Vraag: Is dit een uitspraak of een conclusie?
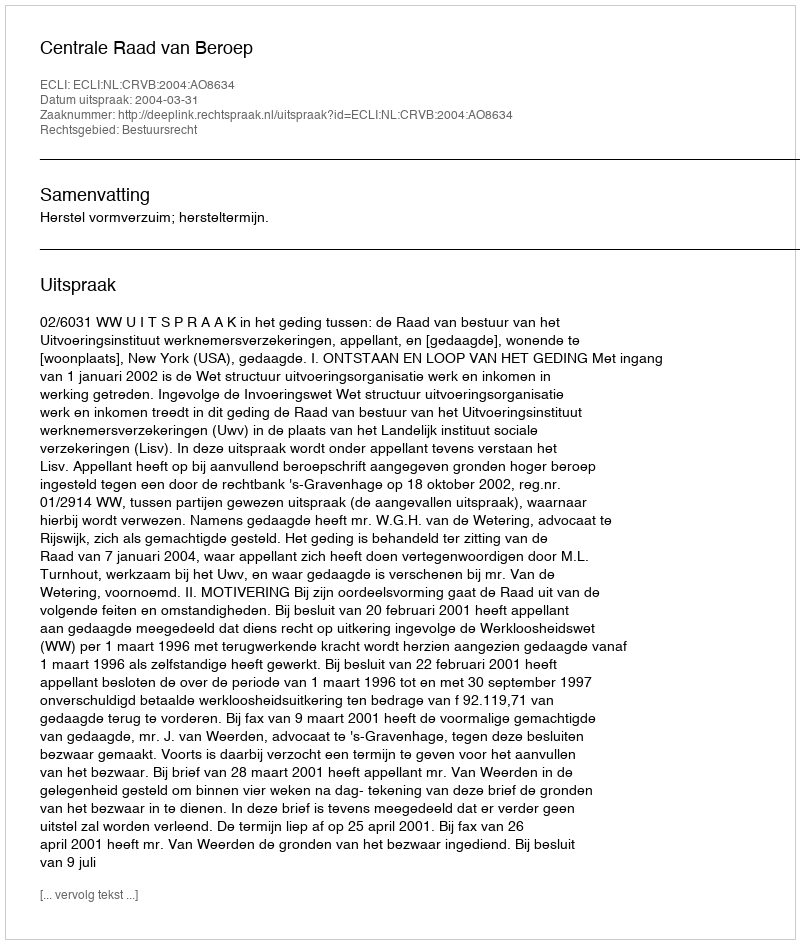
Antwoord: Uitspraak